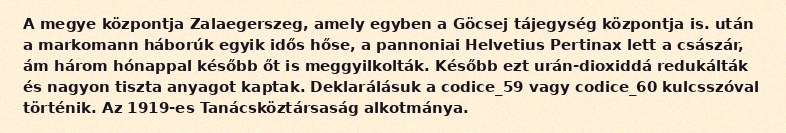
A megye központja Zalaegerszeg, amely egyben a Göcsej tájegység központja is. után a markomann háborúk egyik idős hőse, a pannoniai Helvetius Pertinax lett a császár, ám három hónappal később őt is meggyilkolták. Később ezt urán-dioxiddá redukálták és nagyon tiszta anyagot kaptak. Deklarálásuk a codice_59 vagy codice_60 kulcsszóval történik. Az 1919-es Tanácsköztársaság alkotmánya.